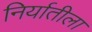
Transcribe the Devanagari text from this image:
निर्यातीला